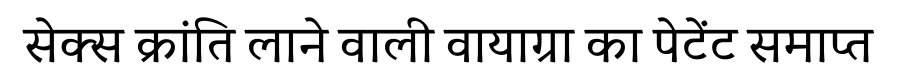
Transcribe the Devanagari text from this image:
सेक्स क्रांति लाने वाली वायाग्रा का पेटेंट समाप्त